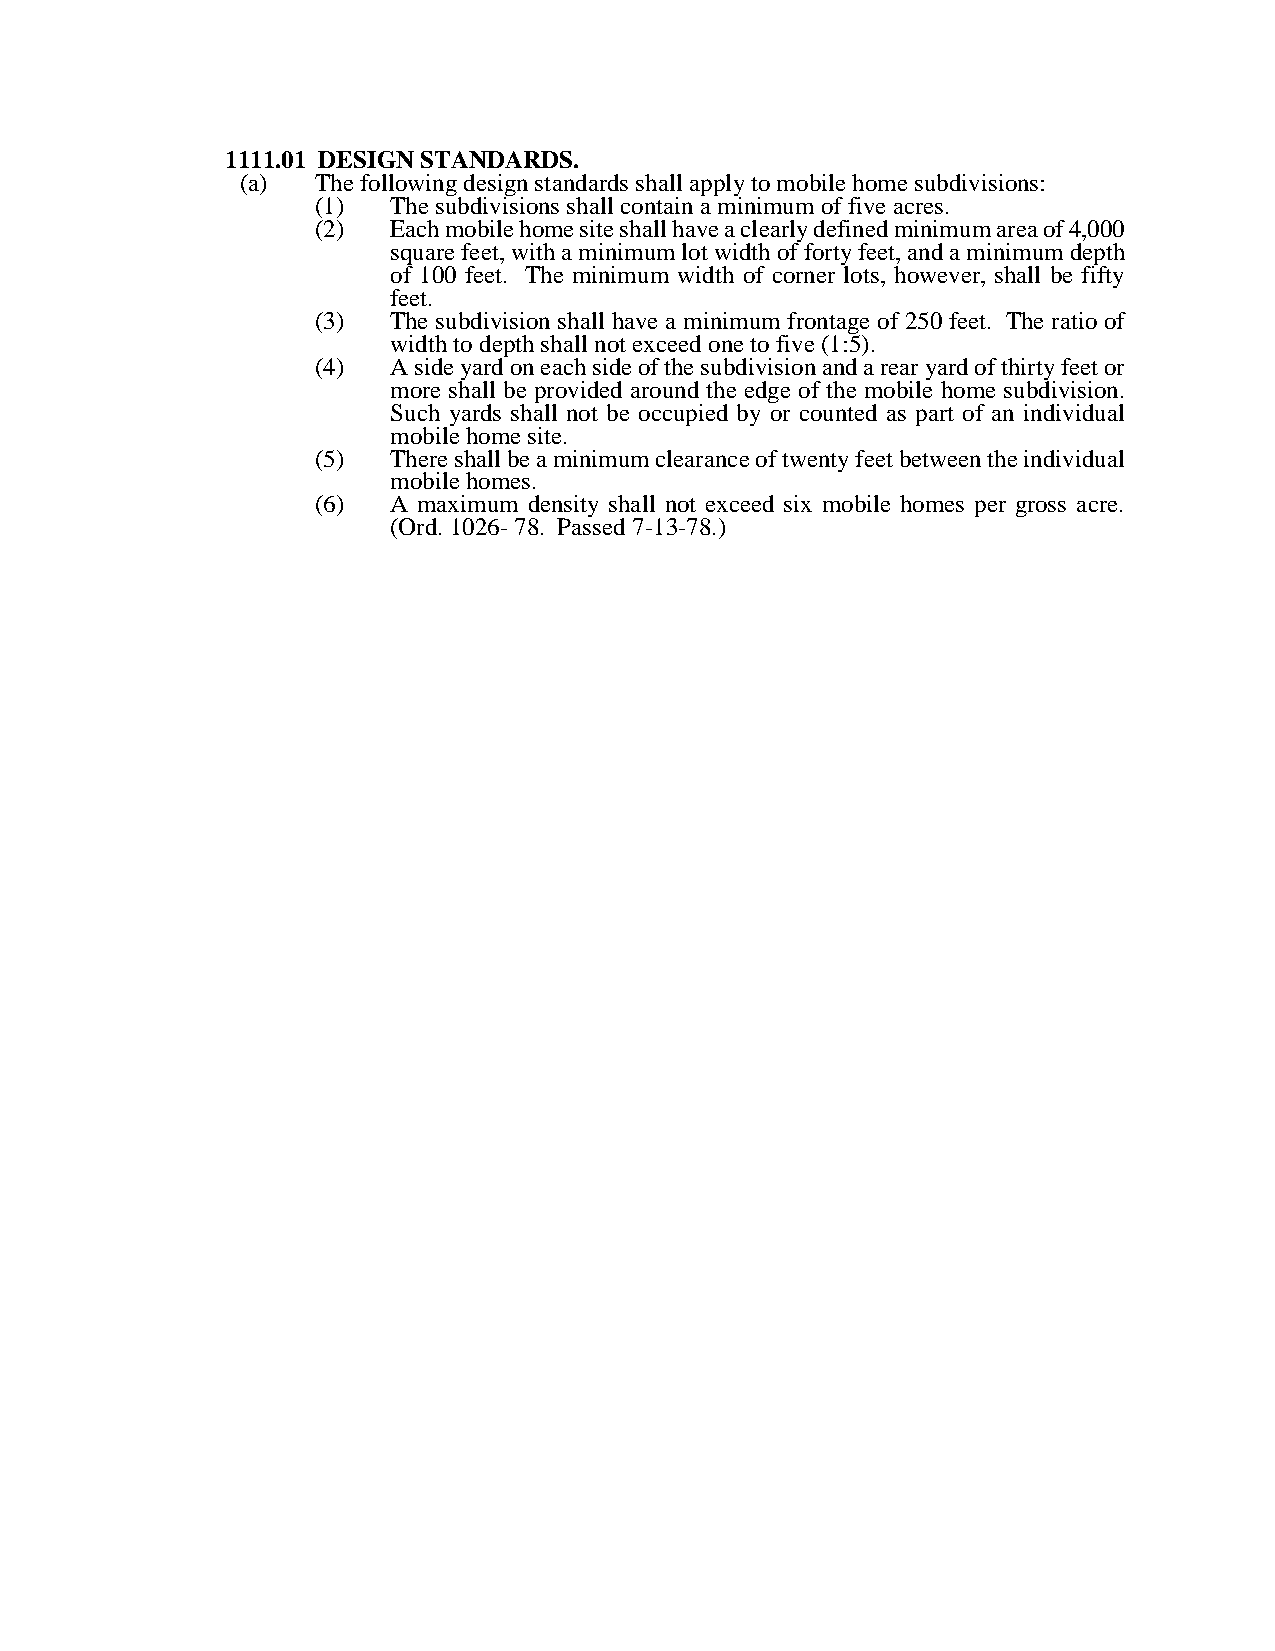
1111.01 DESIGN STANDARDS.
 (a)  The following design standards shall apply to mobile home subdivisions:
 (1)  The subdivisions shall contain a minimum of five acres.
 (2)  Each mobile home site shall have a clearly defined minimum area of 4,000
 square feet, with a minimum lot width of forty feet, and a minimum depth
 of 100 feet. The minimum width of corner lots, however, shall be fifty
 feet.
 (3)  The subdivision shall have a minimum frontage of 250 feet. The ratio of
 width to depth shall not exceed one to five (1:5).
 (4)  A side yard on each side of the subdivision and a rear yard of thirty feet or
 more shall be provided around the edge of the mobile home subdivision.
 Such yards shall not be occupied by or counted as part of an individual
 mobile home site.
 (5)  There shall be a minimum clearance of twenty feet between the individual
 mobile homes.
 (6)  A maximum density shall not exceed six mobile homes per gross acre.
 (Ord. 1026- 78. Passed 7-13-78.)